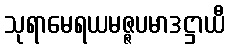
သုရာမေရယမဇ္ဇပမာဒဋ္ဌာယီ